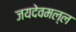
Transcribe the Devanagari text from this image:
जयदेवमल्ल